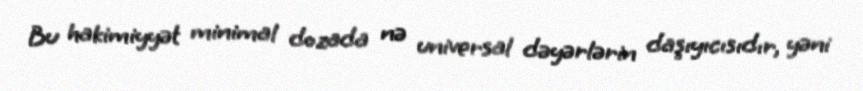
Bu hakimiyyət minimal dozada nə universal dəyərlərin daşıyıcısıdır, yəni